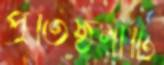
প্রতিষ্ঠনাটি